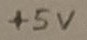
Text: +5V